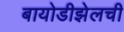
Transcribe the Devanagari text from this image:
बायोडीझेलची